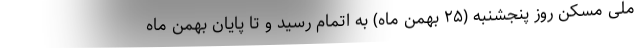
ملی مسکن روز پنجشنبه (۲۵ بهمن ماه) به اتمام رسید و تا پایان بهمن ماه